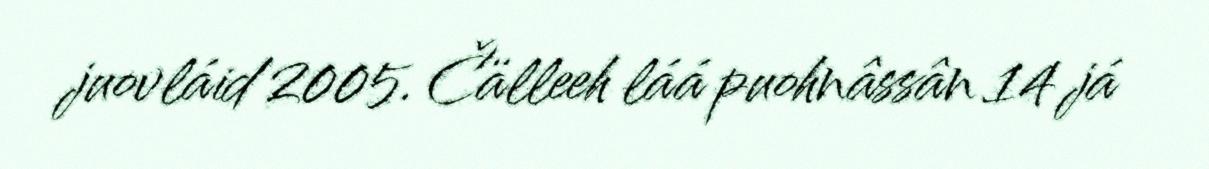
juovláid 2005. Čälleeh láá puohnâssân 14 já